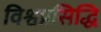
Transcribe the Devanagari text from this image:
विश्वप्रसिद्धि